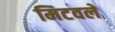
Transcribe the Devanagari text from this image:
मिटवले